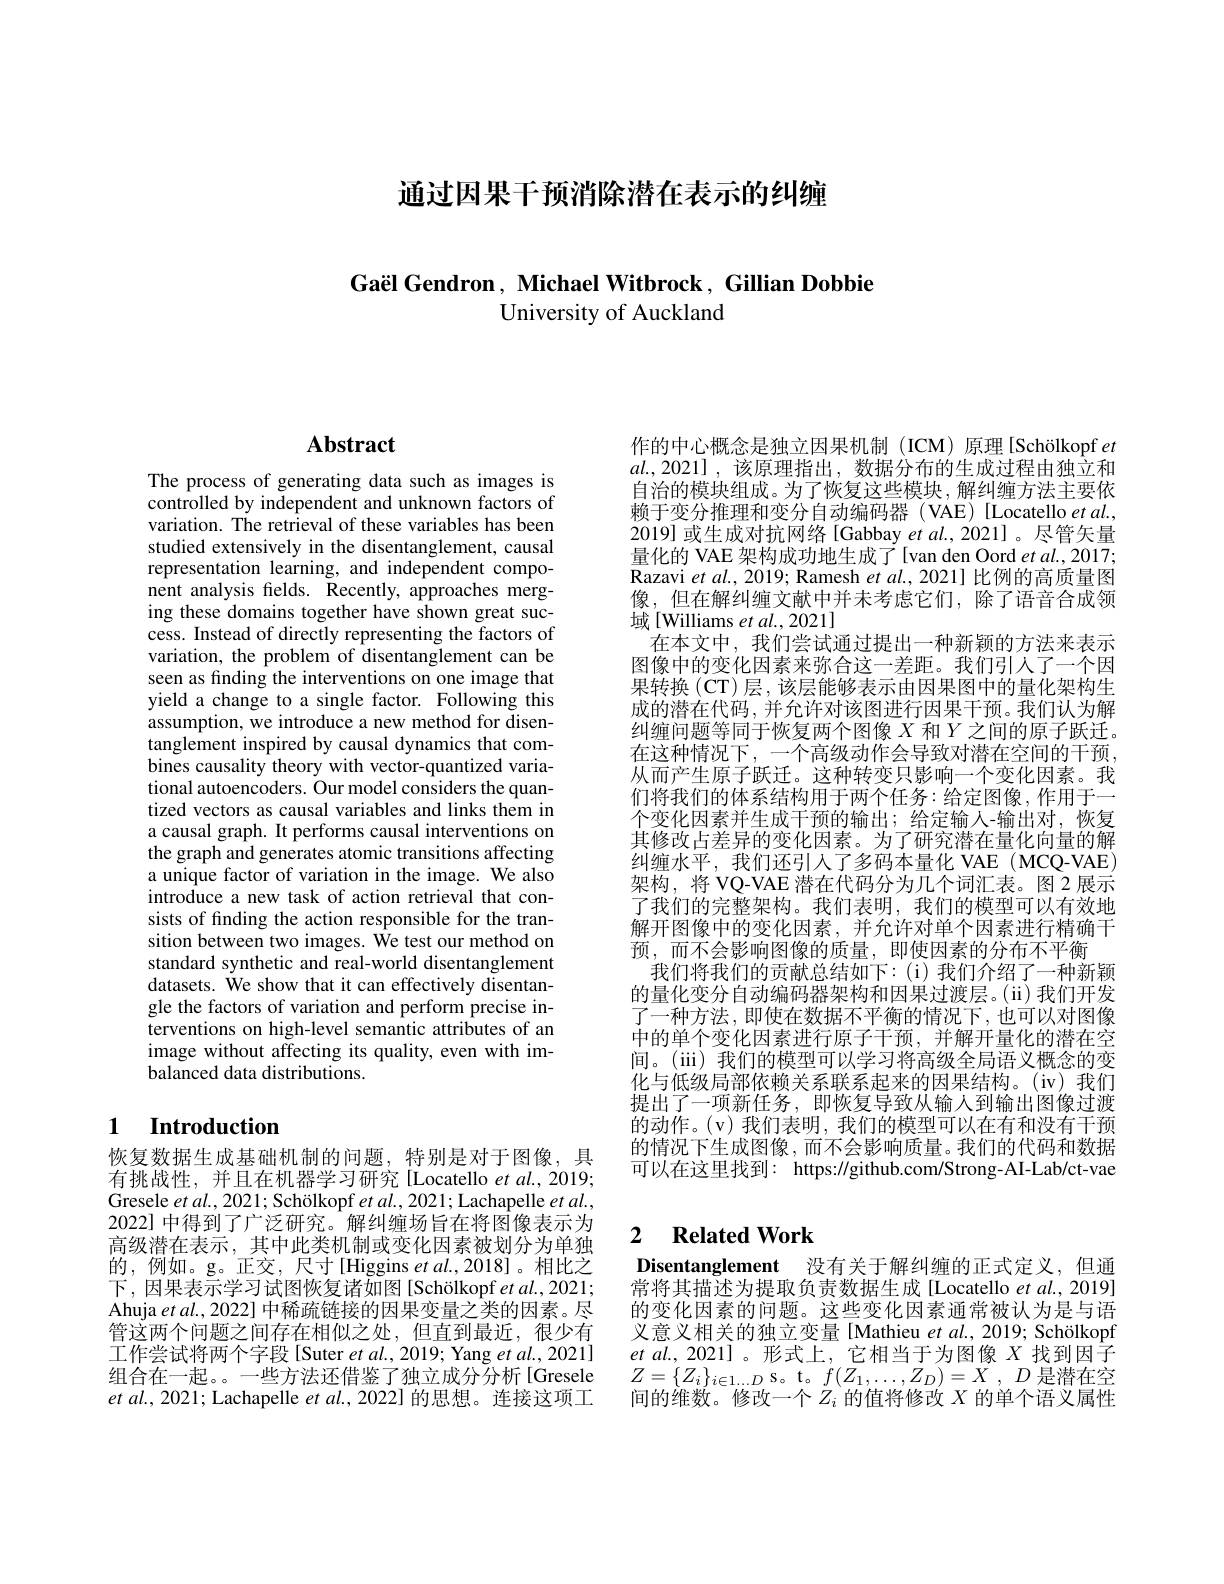
通过因果干预消除潜在表示的纠缠

## Gaël Gendron, Michael Witbrock, Gillian Dobbie University of Auckland

# $\mathbf{Abstract}$

The process of generating data such as images is controlled by independent and unknown factors of variation. The retrieval of these variables has been studied extensively in the disentanglement, causal representation learning, and independent component analysis felds. Recently, approaches merging these domains together have shown great success. Instead of directly representing the factors of variation, the problem of disentanglement can be seen as finding the interventions on one image that yield a change to a single factor. Following this assumption, we introduce a new method for disentanglement inspired by causal dynamics that combines causality theory with vector-quantized variational autoencoders. Our model considers the quantized vectors as causal variables and links them in a causal graph. It performs causal interventions on the graph and generates atomic transitions affecting a unique factor of variation in the image. We also introduce a new task of action retrieval that consists of finding the action responsible for the transition between two images. We test our method on standard synthetic and real-world disentanglement datasets. We show that it can effectively disentangle the factors of variation and perform precise interventions on high-level semantic attributes of an image without affecting its quality, even with imbalanced data distributions.

## 1 Introduction

恢复数据生成基础机制的问题，特别是对于图像，具有挑战性，并且在机器学习研究 [Locatello et al., 2019; Gresele $etal. , 2021; \text{Sch\"{ } Sch\"{ } Sch\"{ } lkopf }etal. , 2021;$Lachapelle $etal.$, 2022] 中得到了广泛研究。解纠缠场旨在将图像表示为高级潜在表示，其中此类机制或变化因素被划分为单独的，例如。g。正交，尺寸[Higgins $etal.,2018]$。相比之下，因果表示学习试图恢复诸如图[Schölkopf et al., 2021; Ahuja $etal.,20$22] 中稀疏链接的因果变量之类的因素。尽管这两个问题之间存在相似之处，但直到最近，很少有工作尝试将两个字段[Suter et al., 2019; Yang et al., 2021] 组合在一起。一些方法还借鉴了独立成分分析[Gresele $etal.,2021;$ Lachapelle $etal.$, 2022] 的思想。连接这项工

作的中心概念是独立因果机制(ICM)原理[Schölkopf et $al.,2021]$,该原理指出，数据分布的生成过程由独立和自治的模块组成。为了恢复这些模块，解纠缠方法主要依赖于变分推理和变分自动编码器 (VAE) [Locatello $et\textit{al. , }$ 2019] 或生成对抗网络 [Gabbay et al., 2021]。尽管矢量量化的 VAE 架构成功地生成了[van den Oord et al., 2017; ${\mathrm{Razavi~et~al.,~2019;~Ramesh~et~al.,~2021]~比例的高质量图}}$ 像，但在解纠缠文献中并未考虑它们，除了语音合成领域[Williams et al., 2021]
在本文中，我们尝试通过提出一种新颖的方法来表示图像中的变化因素来弥合这一差距。我们引人了一个因果转换 (CT) 层 , 该层能够表示由因果图中的量化架构生成的潜在代码，并允许对该图进行因果干预。我们认为解纠缠问题等同于恢复两个图像$X$和$Y$之间的原子跃迁。在这种情况下，一个高级动作会导致对潜在空间的干预， 从而产生原子跃迁。这种转变只影响一个变化因素。我们将我们的体系结构用于两个任务：给定图像，作用于一个变化因素并生成干预的输出；给定输人-输出对，恢复其修改占差异的变化因素。为了研究潜在量化向量的解纠缠水平，我们还引人了多码本量化 VAE (MCQ-VAE) 架构，将 VQ-VAE 潜在代码分为几个词汇表。图2展示了我们的完整架构。我们表明，我们的模型可以有效地解开图像中的变化因素，并允许对单个因素进行精确干预，而不会影响图像的质量，即使因素的分布不平衡
我们将我们的贡献总结如下：(i)我们介绍了一种新颖的量化变分自动编码器架构和因果过渡层。(ii)我们开发了一种方法，即使在数据不平衡的情况下，也可以对图像中的单个变化因素进行原子干预，并解开量化的潜在空间。(iii) 我们的模型可以学习将高级全局语义概念的变化与低级局部依赖关系联系起来的因果结构。(iv)我们提出了一项新任务，即恢复导致从输入到输出图像过渡的动作。(v)我们表明，我们的模型可以在有和没有干预的情况下生成图像，而不会影响质量。我们的代码和数据可以在这里找到：https://github.com/Strong-AI-Lab/ct-vae

### 2 $\textbf{Related Work}$

Disentanglement 没有关于解纠缠的正式定义，但通常将其描述为提取负责数据生成[Locatello et al., 2019] 的变化因素的问题。这些变化因素通常被认为是与语义意义相关的独立变量[Mathieu $etal.,2019;$ Schölkopf $et$ $al. $, 2021] $。形 式 上 $, 它相当于为图像 $X$找到因子$Z=\{Z_{i}\}_{i\in1\ldots D}$s。t。$f( Z_1, \ldots , Z_D) = X$ , $D$是潜在空间的维数。修改一个$Z_i$的值将修改$X$的单个语义属性